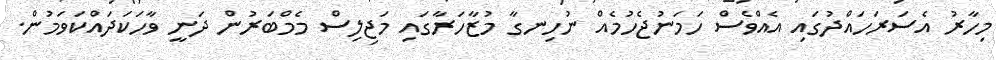
މިހާރު އެސަރަހައްދުގައި އެއްވެސް ހަމަނުޖެހުމެއް ނުހިނގާ މުޒާހަރާގައި މަޖިލިސް މެމްބަރުން ދަނީ ވާހަކަދައްކަވަމުން.